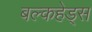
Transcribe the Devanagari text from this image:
बल्‍कहेड्स